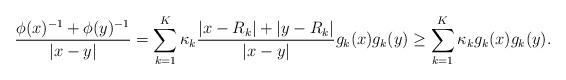
LaTeX: \begin{align*}{\phi(x)^{-1} + \phi(y)^{-1} \over|x-y|}=\sum\limits_{k=1}^K \kappa_k\frac{|x-R_k|+|y-R_k|}{|x-y|}g_k(x)g_k(y)\ge\sum\limits_{k=1}^K \kappa_k g_k(x)g_k(y).\end{align*}